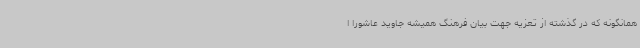
همانگونه که در گذشته از تعزیه جهت بیان فرهنگ همیشه جاوید عاشورا ا